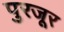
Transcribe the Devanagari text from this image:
पुरजूर